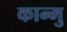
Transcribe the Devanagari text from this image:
कान्मु